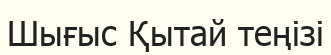
Шығыс Қытай теңізі